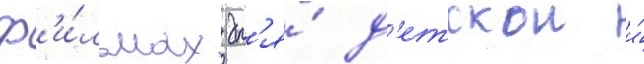
ф'и́льмах дл'я́ д'етскои и́